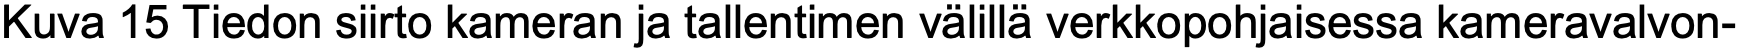
Kuva 15 Tiedon siirto kameran ja tallentimen välillä verkkopohjaisessa kameravalvon-